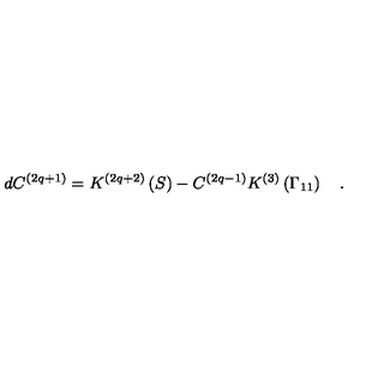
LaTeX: d C ^ { \left( 2 q + 1 \right) } = K ^ { \left( 2 q + 2 \right) } \left( S \right) - C ^ { \left( 2 q - 1 \right) } K ^ { \left( 3 \right) } \left( \Gamma _ { 1 1 } \right) \quad .